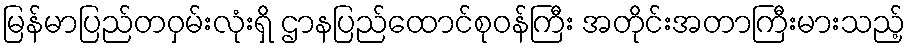
မြန်မာပြည်တဝှမ်းလုံးရှိ ဌာနပြည်ထောင်စုဝန်ကြီး အတိုင်းအတာကြီးမားသည့်